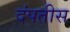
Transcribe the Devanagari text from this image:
दंपतीस